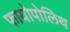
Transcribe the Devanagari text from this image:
फायोपोलिथ